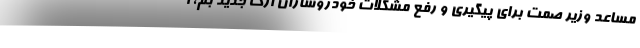
مساعد وزیر صمت برای پیگیری و رفع مشکلات خودروسازان ارگ جدید بم، ا